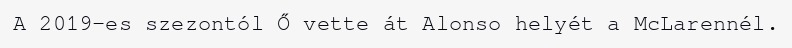
A 2019-es szezontól Ő vette át Alonso helyét a McLarennél.